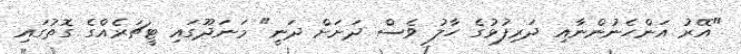
"އޭރު އަންހެނުންނާއި ދަރިފުޅުގެ ހާލު ވެސް ދަށަށް ދަނީ" މަނަދޫގައި ޓީޗަރެއްގެ ގޮތުގައި